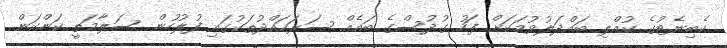
ކެބިނެޓުގެ ކުއްލި ބައްދަލުވުމަކަށް ފަހު ގުދުސްގެ ބައެއް ސަރަހައްދުތަކުގައި ފުލުހުން ސަލާމަތީ ކަންކަން